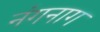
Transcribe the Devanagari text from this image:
नंगनाग